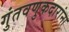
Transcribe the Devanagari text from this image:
गुंतवणुकदारांना